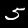
Digit: 5